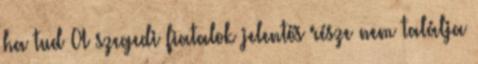
ha tud A szegedi fiatalok jelentős része nem találja